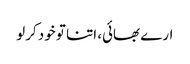
ارے بھائی، اتنا تو خود کرلو